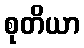
စုတိယာ